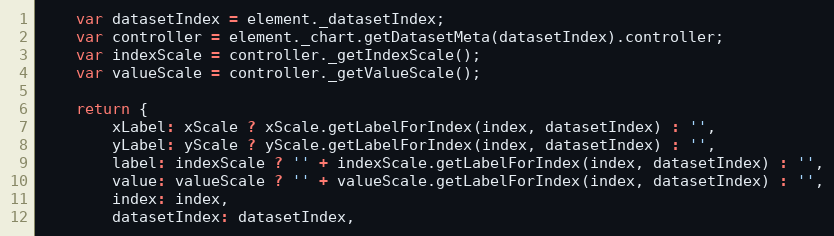
Language: JavaScript
	var datasetIndex = element._datasetIndex;
	var controller = element._chart.getDatasetMeta(datasetIndex).controller;
	var indexScale = controller._getIndexScale();
	var valueScale = controller._getValueScale();

	return {
		xLabel: xScale ? xScale.getLabelForIndex(index, datasetIndex) : '',
		yLabel: yScale ? yScale.getLabelForIndex(index, datasetIndex) : '',
		label: indexScale ? '' + indexScale.getLabelForIndex(index, datasetIndex) : '',
		value: valueScale ? '' + valueScale.getLabelForIndex(index, datasetIndex) : '',
		index: index,
		datasetIndex: datasetIndex,